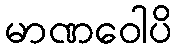
မာဏဝေါပိ